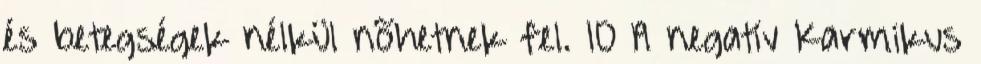
és betegségek nélkül nõhetnek fel. 10 A negatív Karmikus